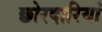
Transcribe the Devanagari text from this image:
छोरदारियां